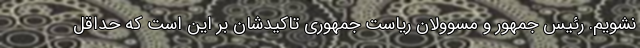
نشویم. رئیس جمهور و مسوولان ریاست جمهوری تاکیدشان بر این است که حداقل